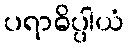
ပရာဓိပ္ပါယံ